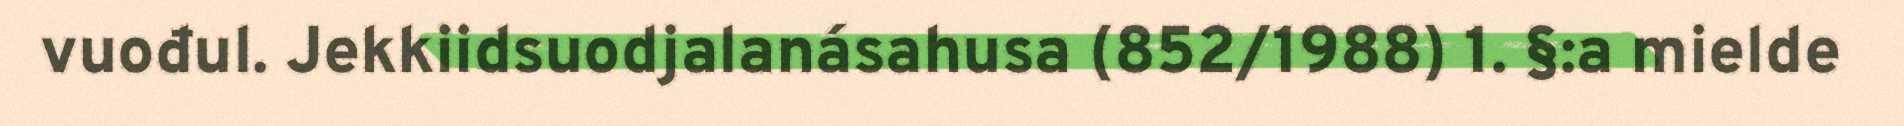
vuođul. Jekkiidsuodjalanásahusa (852/1988) 1. §:a mielde